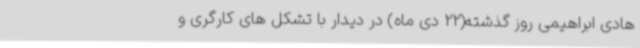
هادی ابراهیمی روز گذشته(22 دی ماه) در دیدار با تشکل های کارگری و